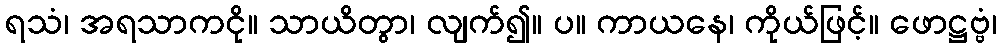
ရသံ၊ အရသာကငို။ သာယိတွာ၊ လျက်၍။ ပ။ ကာယနေ၊ ကိုယ်ဖြင့်။ ဖောဋ္ဌဗ္ဗံ၊